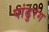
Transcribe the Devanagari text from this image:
पांढुरंग